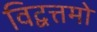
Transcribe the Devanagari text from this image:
विद्वत्तमो